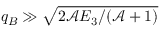
q _ { B } \gg \sqrt { 2 \mathcal { A } E _ { 3 } / ( \mathcal { A } + 1 ) }